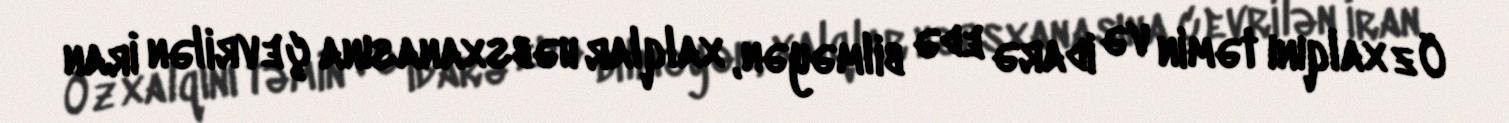
Öz xalqını təmin və idarə edə bilməyən, xalqlar həbsxanasına çevrilən İran